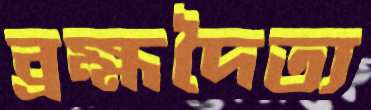
ব্রহ্মদৈত্য